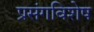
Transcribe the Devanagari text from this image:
प्रसंगविशेष